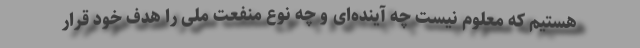
هستیم که معلوم نیست چه آینده‌ای و چه نوع منفعت ملی را هدف خود قرار